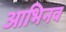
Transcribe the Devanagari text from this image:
आभिनव